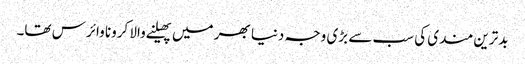
بدترین مندی کی سب سے بڑی وجہ دنیا بھر میں پھیلنے والا کرونا وائرس تھا۔